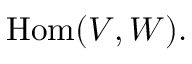
{ \mathrm { H o m } } ( V , W ) .